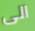
الى